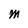
Character: M